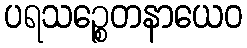
ပရသဉ္စေတနာယေဝ